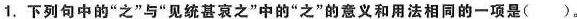
1.下列句中的”之”与”见统甚哀之”中的”之”的意义和用法相同的一项是( )。